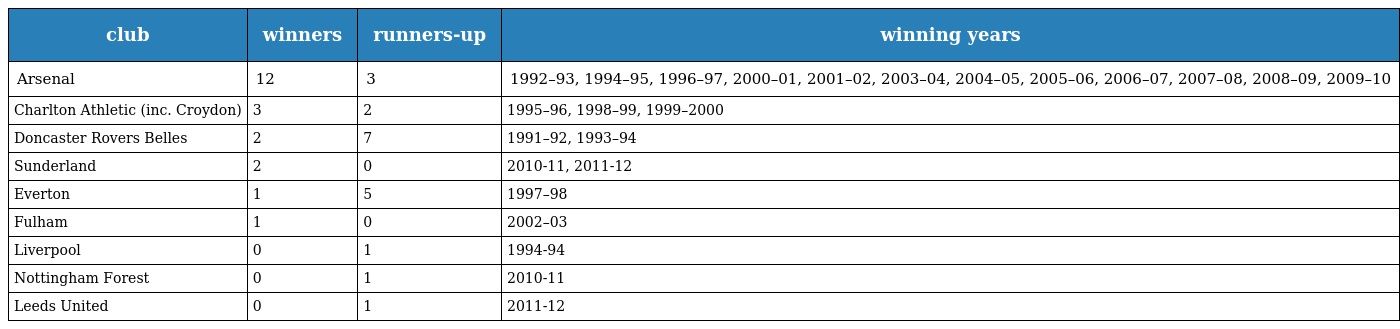
| club | winners | runners-up | winning years |
 | --- | --- | --- | --- |
 | Arsenal | 12 | 3 | 1992–93, 1994–95, 1996–97, 2000–01, 2001–02, 2003–04, 2004–05, 2005–06, 2006–07, 2007–08, 2008–09, 2009–10 |
 | Charlton Athletic (inc. Croydon) | 3 | 2 | 1995–96, 1998–99, 1999–2000 |
 | Doncaster Rovers Belles | 2 | 7 | 1991–92, 1993–94 |
 | Sunderland | 2 | 0 | 2010-11, 2011-12 |
 | Everton | 1 | 5 | 1997–98 |
 | Fulham | 1 | 0 | 2002–03 |
 | Liverpool | 0 | 1 | 1994-94 |
 | Nottingham Forest | 0 | 1 | 2010-11 |
 | Leeds United | 0 | 1 | 2011-12 |